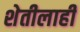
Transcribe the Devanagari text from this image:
शेतीलाही